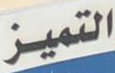
التميز